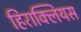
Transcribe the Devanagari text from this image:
हिराक्लियस